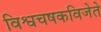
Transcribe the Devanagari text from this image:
विश्वचषकविजेते